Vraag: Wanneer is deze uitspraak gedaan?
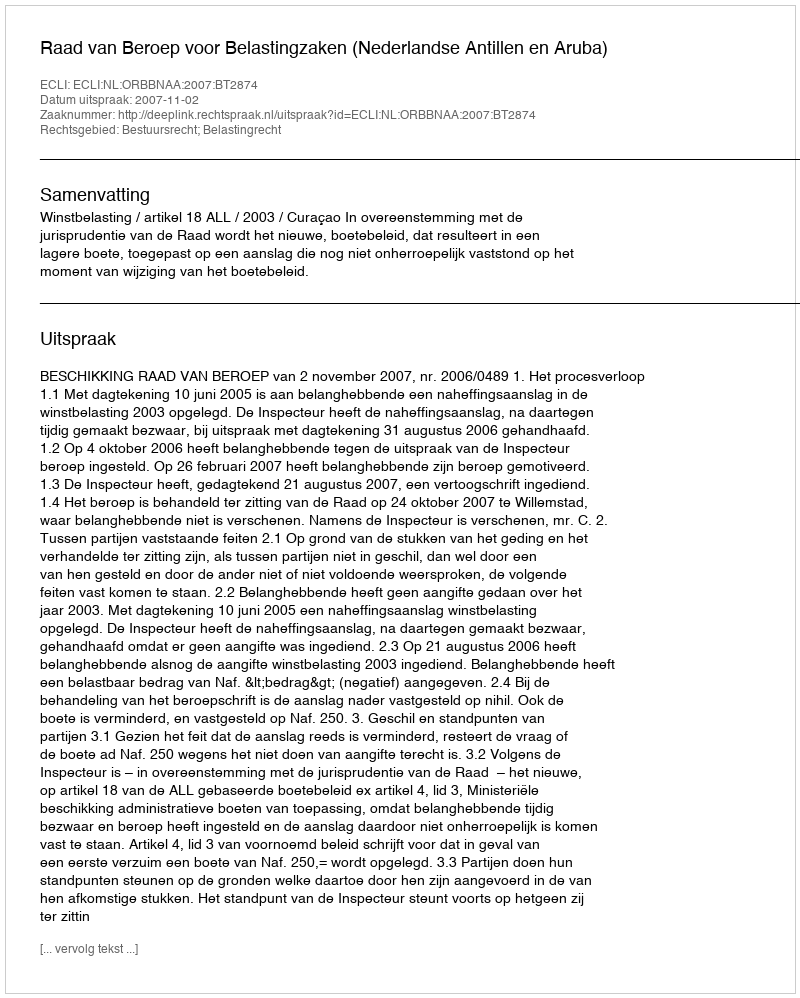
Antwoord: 2007-11-02